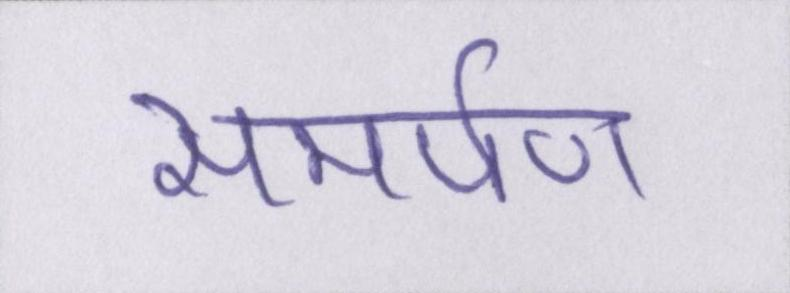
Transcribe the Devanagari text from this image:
समर्पण